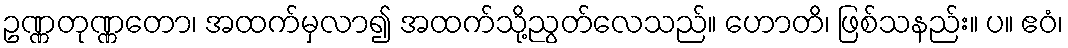
ဥဏ္ဏတုဏ္ဏတော၊ အထက်မှလာ၍ အထက်သို့ညွတ်လေသည်။ ဟောတိ၊ ဖြစ်သနည်း။ ပ။ ဧဝံ၊